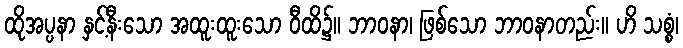
ထိုအပ္ပနာ နှင့်နီးသော အထူးထူးသော ဝီထိ၌။ ဘာဝနာ၊ ဖြစ်သော ဘာဝနာတည်း။ ဟိ သစ္စံ၊